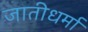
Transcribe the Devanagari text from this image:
जातीधर्मा